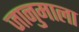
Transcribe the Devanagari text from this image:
जानुमाला